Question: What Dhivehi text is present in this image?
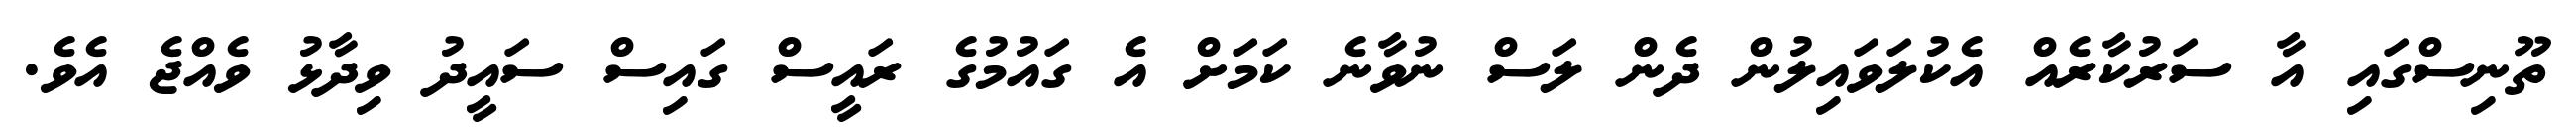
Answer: ތޫނިސްގައި އާ ސަރުކާރެއް އެކުލަވައިލުން ދެން ލަސް ނުވާނެ ކަމަށް އެ ގައުމުގެ ރައީސް ގައިސް ސައީދު ވިދާޅު ވެއްޖެ އެވެ.